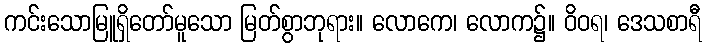
ကင်းသောမြူရှိတော်မူသော မြတ်စွာဘုရား။ လောကေ၊ လောက၌။ ဝိဝရ၊ ဒေသစာရီ